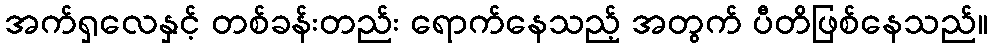
အက်ရှလေနှင့် တစ်ခန်းတည်း ရောက်နေသည့် အတွက် ပီတိဖြစ်နေသည်။